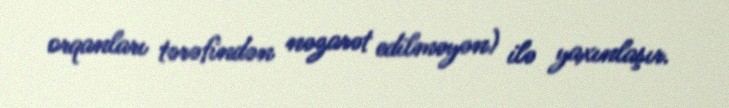
orqanları tərəfindən nəzarət edilməyən) ilə yaxınlaşır.